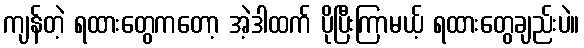
ကျန်တဲ့ ရထားတွေကတော့ အဲ့ဒါထက် ပိုပြီးကြာမယ့် ရထားတွေချည်းပဲ။